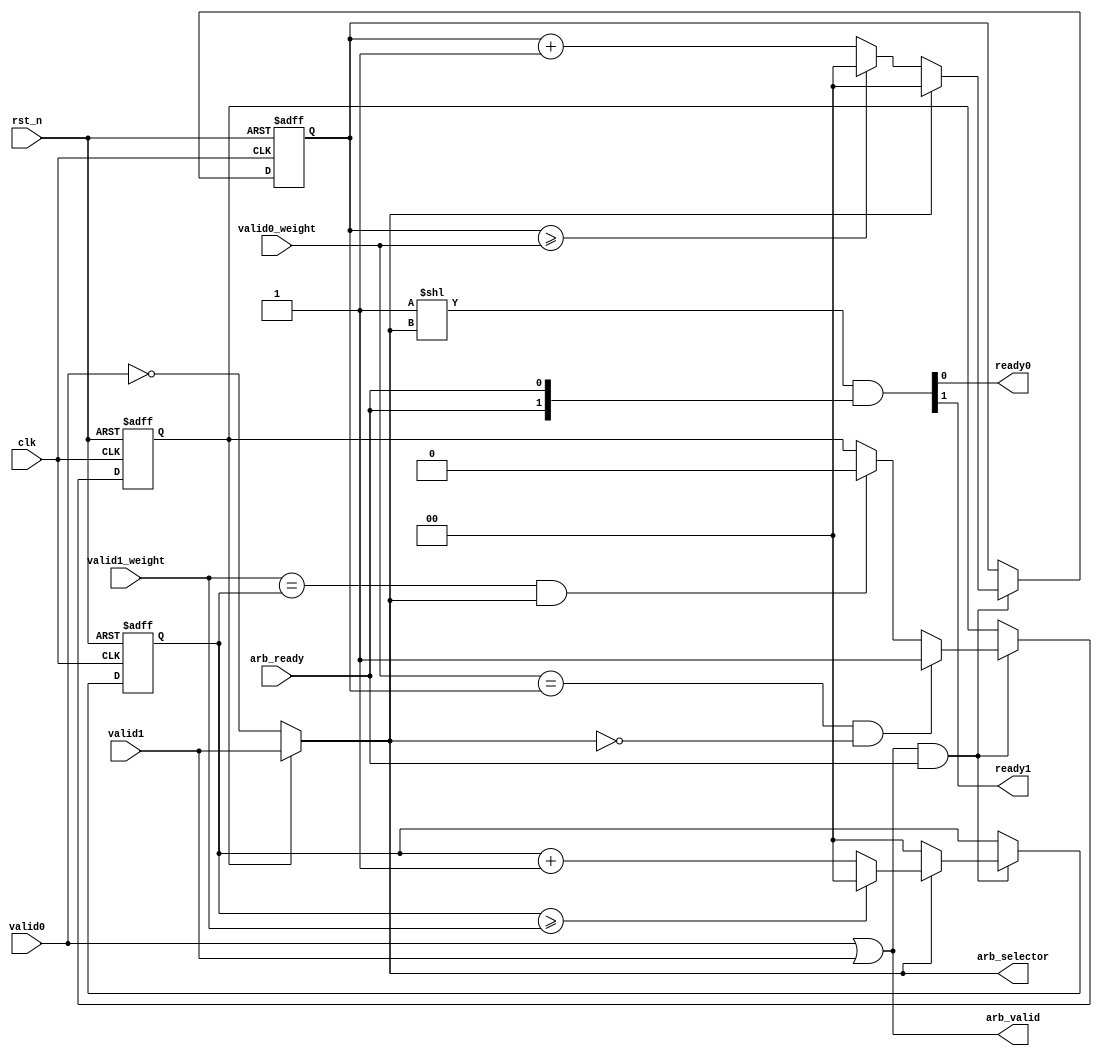
module rpc2_ctrl_trans_arbiter (
   // Outputs
   ready0, ready1, arb_valid, arb_selector,
   // Inputs
   clk, rst_n, valid0, valid1, valid0_weight, valid1_weight,
   arb_ready
   );
   input         clk;
   input         rst_n;
   input         valid0;
   input         valid1;
   input [1:0]   valid0_weight;
   input [1:0]   valid1_weight;
   output        ready0;
   output        ready1;
   
   output        arb_valid;
   output        arb_selector;
   input         arb_ready;

   reg           mux_sel;
   reg [1:0]     v0_counter;
   reg [1:0]     v1_counter;
   
   wire          arb_selector;
   wire          arb_valid;
   wire [1:0]    ready_bit;
   wire          mux_in0;
   wire          mux_in1;
   /*AUTOWIRE*/
   
   assign arb_valid = valid0 | valid1;
   assign ready_bit = 1'b1 << arb_selector;
   assign {ready1, ready0} = ready_bit & {arb_ready, arb_ready};
   assign arb_selector = (mux_sel) ? mux_in1: mux_in0;

   assign mux_in0 = ~valid0;  // xx0 priority is higher than xx1 priority => select 0
   assign mux_in1 = valid1;   // xx1 priority is higher than xx0 priority => select 1
   
   always @(posedge clk or negedge rst_n) begin
      if (~rst_n)
        mux_sel <= 1'b0;
      else if (arb_valid & arb_ready) begin
         if ((valid0_weight == v0_counter) && (arb_selector == 1'b0))
           mux_sel <= 1'b1;
         else if ((valid1_weight == v1_counter) && (arb_selector == 1'b1))
           mux_sel <= 1'b0;
      end
   end

   // Count of transactions
   always @(posedge clk or negedge rst_n) begin
      if (~rst_n) begin
         v0_counter <= 2'b00;
         v1_counter <= 2'b00;
      end
      else if (arb_valid & arb_ready) begin
         if (arb_selector == 1'b0) begin
            v1_counter <= 2'b00;
            if (v0_counter >= valid0_weight)
              v0_counter <= 2'b00;
            else
              v0_counter <= v0_counter + 1'b1;
         end
         else begin
            v0_counter <= 2'b00;
            if (v1_counter >= valid1_weight)
              v1_counter <= 2'b00;
            else
              v1_counter <= v1_counter + 1'b1;
         end
      end
      else begin
         v0_counter <= v0_counter;
         v1_counter <= v1_counter;
      end
   end
   
endmodule